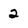
Character: 2